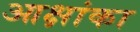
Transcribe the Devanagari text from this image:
आक्षांका